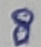
Text: 8